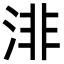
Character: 渄